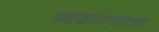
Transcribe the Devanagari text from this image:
आडळनाऱ्या